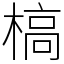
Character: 槁